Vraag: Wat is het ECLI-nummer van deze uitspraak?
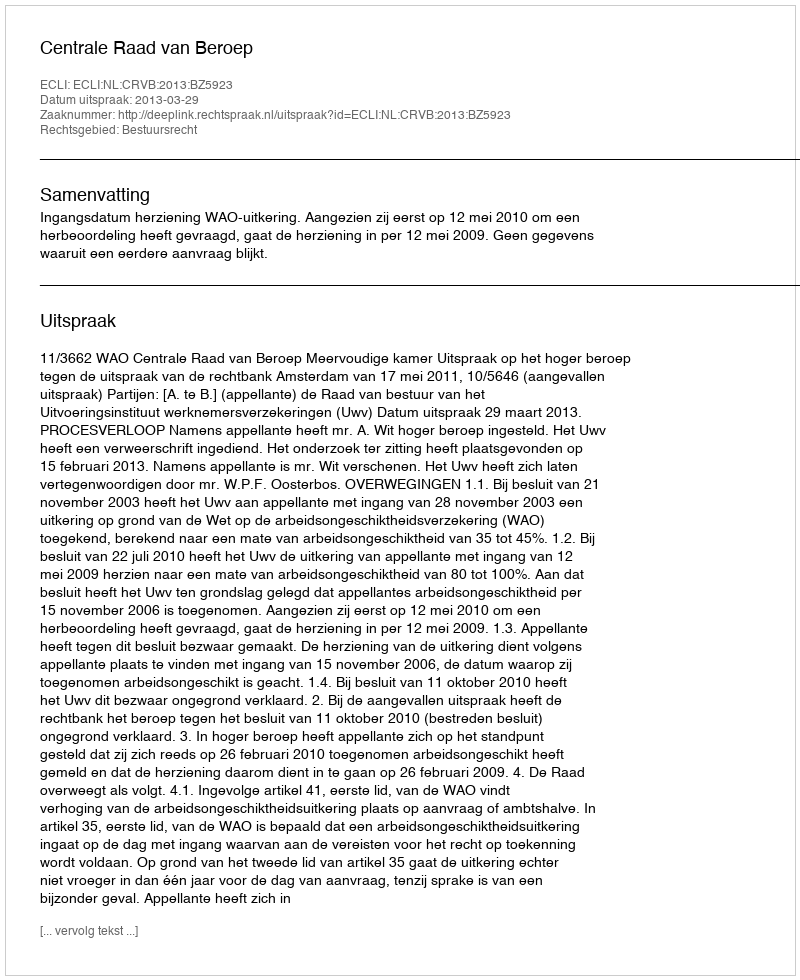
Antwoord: ECLI:NL:CRVB:2013:BZ5923